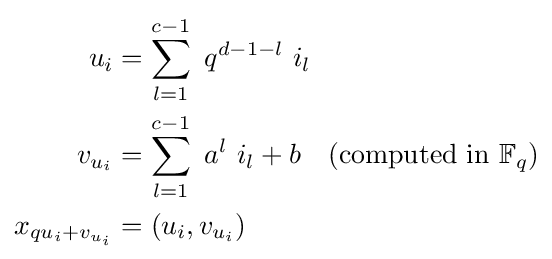
{\begin{aligned}u_{i}&=\sum _{l=1}^{c-1}~q^{d-1-l}~i_{l}\\v_{u_{i}}&=\sum _{l=1}^{c-1}~a^{l}~i_{l}+b\quad ({\text{computed in }}\mathbb {F} _{q})\\x_{qu_{i}+v_{u_{i}}}&=(u_{i},v_{u_{i}})\end{aligned}}